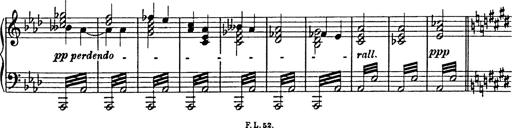
Title: 8 Variations
Composer: Franz Liszt
Key: A-flat major